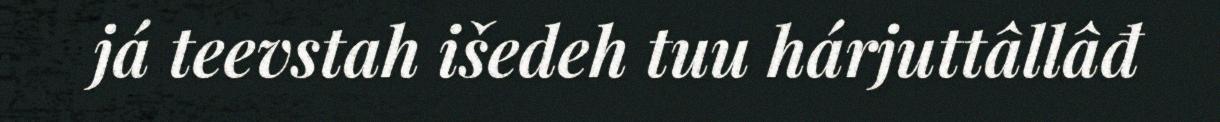
já teevstah išedeh tuu hárjuttâllâđ